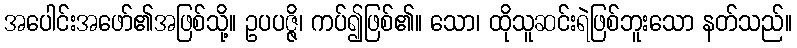
အပေါင်းအဖော်၏အဖြစ်သို့။ ဥပပဇ္ဇိ၊ ကပ်၍ဖြစ်၏။ သော၊ ထိုသူဆင်းရဲဖြစ်ဘူးသော နတ်သည်။